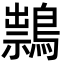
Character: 䳳